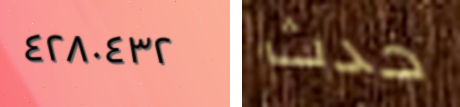
٤٢٨٠٤٣٢ حدث